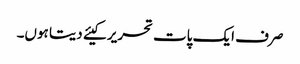
صرف ایک پات تحریر کیئے دیتا ہوں۔